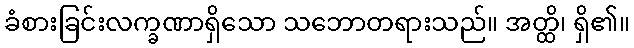
ခံစားခြင်းလက္ခဏာရှိသော သဘောတရားသည်။ အတ္ထိ၊ ရှိ၏။